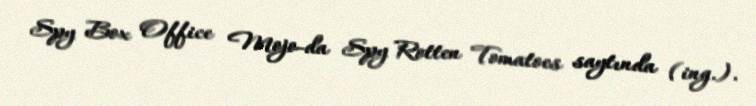
Spy Box Office Mojo-da Spy Rotten Tomatoes saytında (ing.).